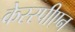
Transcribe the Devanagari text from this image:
केस्स्पीएन